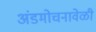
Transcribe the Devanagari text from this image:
अंडमोचनावेळी